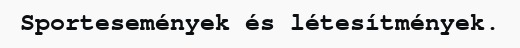
Sportesemények és létesítmények.